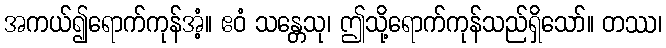
အကယ်၍ရောက်ကုန်အံ့။ ဧဝံ သန္တေသု၊ ဤသို့ရောက်ကုန်သည်ရှိသော်။ တဿ၊